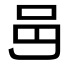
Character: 𨙨